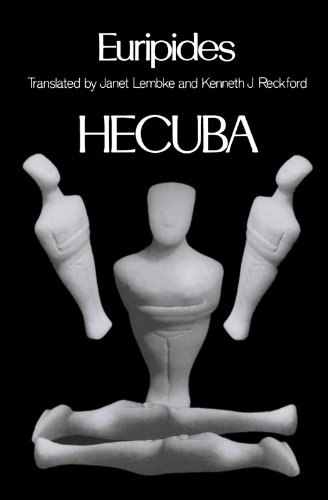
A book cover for Hecuba (Greek Tragedy in New Translations); Euripides; Literature & Fiction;